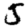
Digit: 5